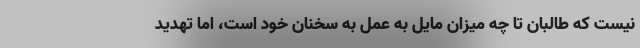
نیست که طالبان تا چه میزان مایل به عمل به سخنان خود است، اما تهدید